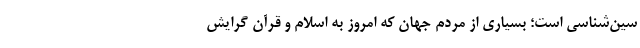
سین‌شناسی است؛ بسیاری از مردم جهان که امروز به اسلام و قرآن گرایش